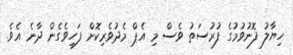
ހިޔާލު ފޮނުވުމުގެ ފުރުސަތު ވެސް މި އެޕް މެދުވެރިކޮށް ފަހިވެގެން ދާނެ އެވެ.